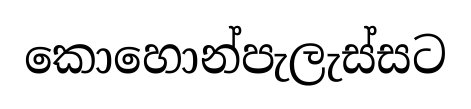
කොහොන්පැලැස්සට